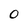
Character: 0